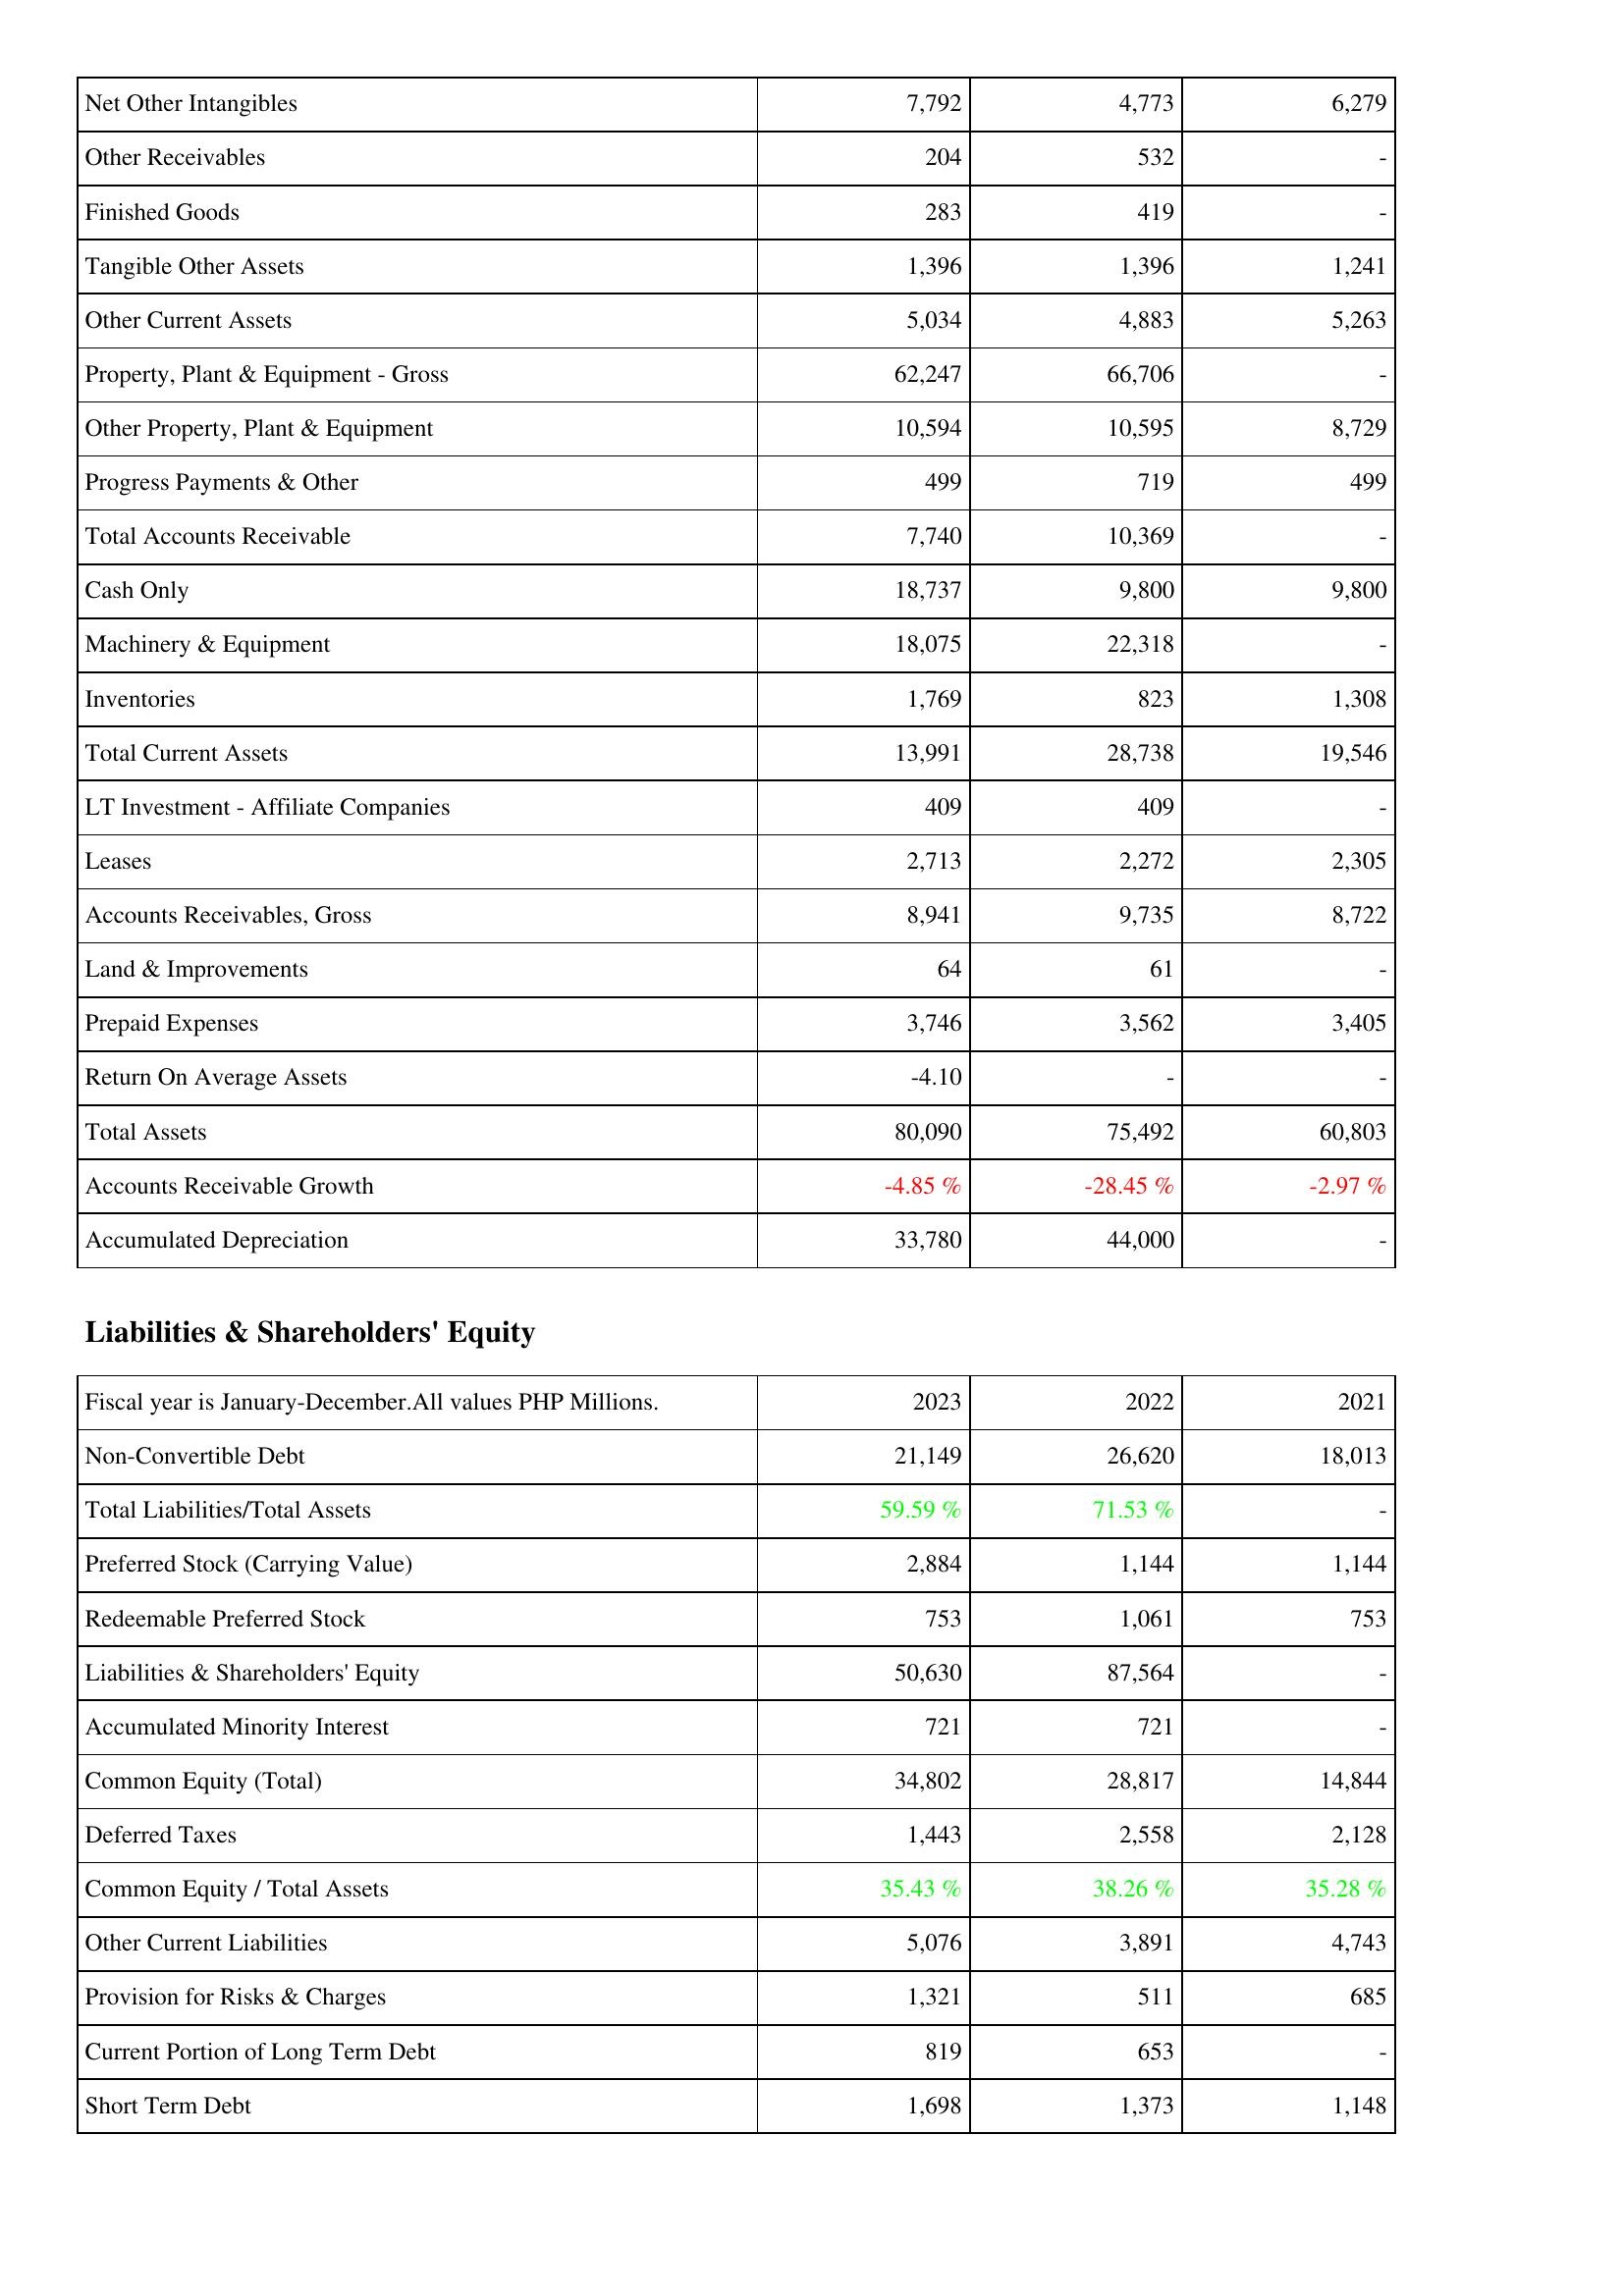
2023: Assets: Net Other Intangibles: 7,792
Other Receivables: 204
Finished Goods: 283
Tangible Other Assets: 1,396
Other Current Assets: 5,034
Property, Plant & Equipment - Gross: 62,247
Other Property, Plant & Equipment: 10,594
Progress Payments & Other: 499
Total Accounts Receivable: 7,740
Cash Only: 18,737
Machinery & Equipment: 18,075
Inventories: 1,769
Total Current Assets: 13,991
LT Investment - Affiliate Companies: 409
Leases: 2,713
Accounts Receivables, Gross: 8,941
Land & Improvements: 64
Prepaid Expenses: 3,746
Return On Average Assets: -4.10
Total Assets: 80,090
Accounts Receivable Growth: -4.85 %
Accumulated Depreciation: 33,780
Liabilities & Shareholders' Equity: Non-Convertible Debt: 21,149
Total Liabilities/Total Assets: 59.59 %
Preferred Stock (Carrying Value): 2,884
Redeemable Preferred Stock: 753
Liabilities & Shareholders' Equity: 50,630
Accumulated Minority Interest: 721
Common Equity (Total): 34,802
Deferred Taxes: 1,443
Common Equity / Total Assets: 35.43 %
Other Current Liabilities: 5,076
Provision for Risks & Charges: 1,321
Current Portion of Long Term Debt: 819
Short Term Debt: 1,698
2022: Assets: Net Other Intangibles: 4,773
Other Receivables: 532
Finished Goods: 419
Tangible Other Assets: 1,396
Other Current Assets: 4,883
Property, Plant & Equipment - Gross: 66,706
Other Property, Plant & Equipment: 10,595
Progress Payments & Other: 719
Total Accounts Receivable: 10,369
Cash Only: 9,800
Machinery & Equipment: 22,318
Inventories: 823
Total Current Assets: 28,738
LT Investment - Affiliate Companies: 409
Leases: 2,272
Accounts Receivables, Gross: 9,735
Land & Improvements: 61
Prepaid Expenses: 3,562
Return On Average Assets: -
Total Assets: 75,492
Accounts Receivable Growth: -28.45 %
Accumulated Depreciation: 44,000
Liabilities & Shareholders' Equity: Non-Convertible Debt: 26,620
Total Liabilities/Total Assets: 71.53 %
Preferred Stock (Carrying Value): 1,144
Redeemable Preferred Stock: 1,061
Liabilities & Shareholders' Equity: 87,564
Accumulated Minority Interest: 721
Common Equity (Total): 28,817
Deferred Taxes: 2,558
Common Equity / Total Assets: 38.26 %
Other Current Liabilities: 3,891
Provision for Risks & Charges: 511
Current Portion of Long Term Debt: 653
Short Term Debt: 1,373
2021: Assets: Net Other Intangibles: 6,279
Other Receivables: -
Finished Goods: -
Tangible Other Assets: 1,241
Other Current Assets: 5,263
Property, Plant & Equipment - Gross: -
Other Property, Plant & Equipment: 8,729
Progress Payments & Other: 499
Total Accounts Receivable: -
Cash Only: 9,800
Machinery & Equipment: -
Inventories: 1,308
Total Current Assets: 19,546
LT Investment - Affiliate Companies: -
Leases: 2,305
Accounts Receivables, Gross: 8,722
Land & Improvements: -
Prepaid Expenses: 3,405
Return On Average Assets: -
Total Assets: 60,803
Accounts Receivable Growth: -2.97 %
Accumulated Depreciation: -
Liabilities & Shareholders' Equity: Non-Convertible Debt: 18,013
Total Liabilities/Total Assets: -
Preferred Stock (Carrying Value): 1,144
Redeemable Preferred Stock: 753
Liabilities & Shareholders' Equity: -
Accumulated Minority Interest: -
Common Equity (Total): 14,844
Deferred Taxes: 2,128
Common Equity / Total Assets: 35.28 %
Other Current Liabilities: 4,743
Provision for Risks & Charges: 685
Current Portion of Long Term Debt: -
Short Term Debt: 1,148